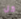
كل